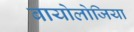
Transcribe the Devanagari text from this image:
बायोलोजिया